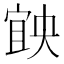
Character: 𡩶